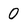
Character: 0